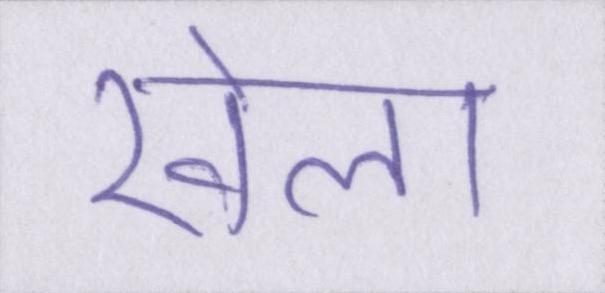
खेला